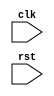
module your_module_name (
  input wire clk,
  input wire rst,
  // add any other input/output ports here
);

// define your signal declarations and logic here

// behavioral modeling block triggered on negedge of rst
always @(negedge rst) begin
  // add your operations here when rst transitions from high to low
end

endmodule